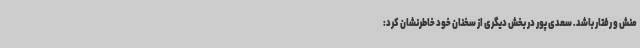
منش و رفتار باشد. سعدی پور در بخش دیگری از سخنان خود خاطرنشان کرد: